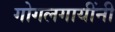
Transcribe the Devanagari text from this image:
गोगलगायींनी